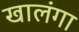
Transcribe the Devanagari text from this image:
खालंगा